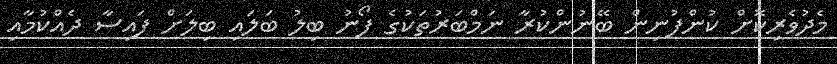
މެދުވެރިކޮށް ކުންފުނިން ބޭނުންކުރާ ނަމްބަރުތަކުގެ ފޯނު ބިލު ބަލައި ބިލަށް ފައިސާ ދެއްކުމާއި